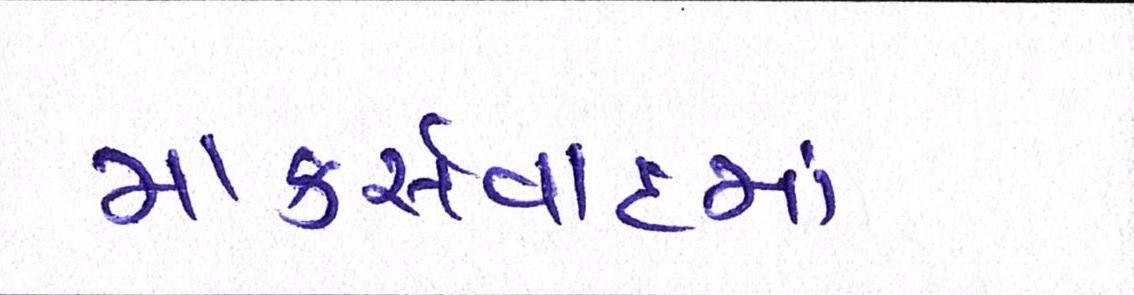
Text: માર્ક્સવાદમાં